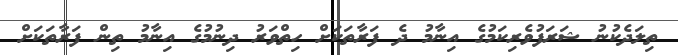
ތިލަދެކުނު ޝަރަފުވެރިކަމުގެ އިނާމު ދެ ފަރާތަކަށް ހިތްވަރު ދިނުމުގެ އިނާމު ތިން ފަރާތަކަށް